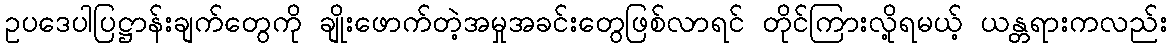
ဥပဒေပါပြဋ္ဌာန်းချက်တွေကို ချိုးဖောက်တဲ့အမှုအခင်းတွေဖြစ်လာရင် တိုင်ကြားလို့ရမယ့် ယန္တရားကလည်း